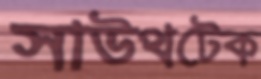
সাউথটেক